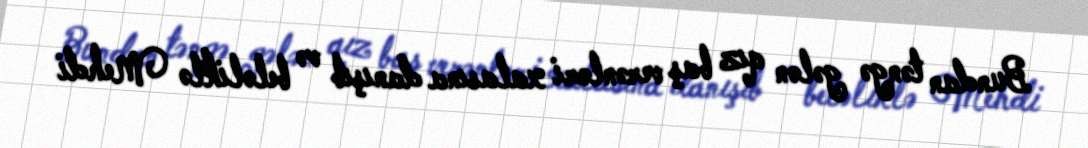
Bundan təngə gələn qız baş verənləri xalasına danışıb və beləliklə Mehdi